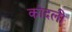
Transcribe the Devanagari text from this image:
कोदली